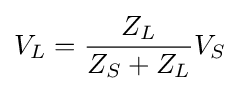
V_{L}={\frac {Z_{L}}{Z_{S}+Z_{L}}}V_{S}